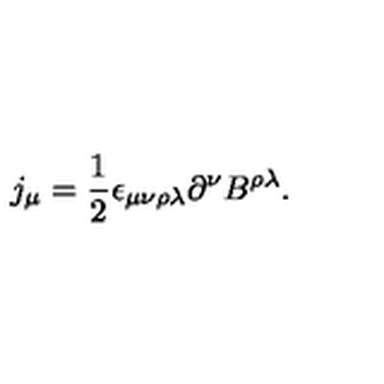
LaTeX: j _ { \mu } = \frac { 1 } { 2 } \epsilon _ { \mu \nu \rho \lambda } \partial ^ { \nu } B ^ { \rho \lambda } .